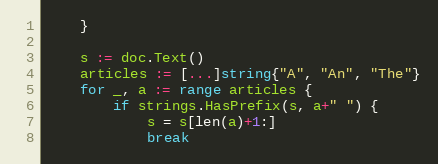
Language: Go
	}

	s := doc.Text()
	articles := [...]string{"A", "An", "The"}
	for _, a := range articles {
		if strings.HasPrefix(s, a+" ") {
			s = s[len(a)+1:]
			break